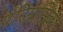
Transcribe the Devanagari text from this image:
परिग्रसिका